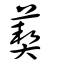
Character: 葜